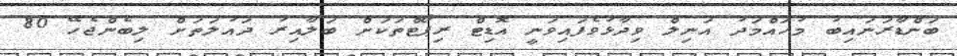
ބަންޑާރަނައިބު މުހައްމަދު އަނިލް ވިދާޅުވެފައިވަނީ އޮޑިޓް ރިޕޯޓްތަކަށް ބަލާއިރު ދައުލަތަށް ލިބެންޖެހޭ 80